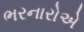
ભરનારોએ